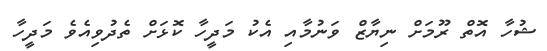
ޝުހާ އޮތް ރޫމަށް ނިޔާޒް ވަނުމާއި އެކު މަދީހާ ކޮޅަށް ތެދުވިއެވެ މަދީހާ